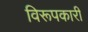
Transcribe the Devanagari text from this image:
विरूपकारी